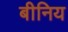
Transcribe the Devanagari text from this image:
बीनिय